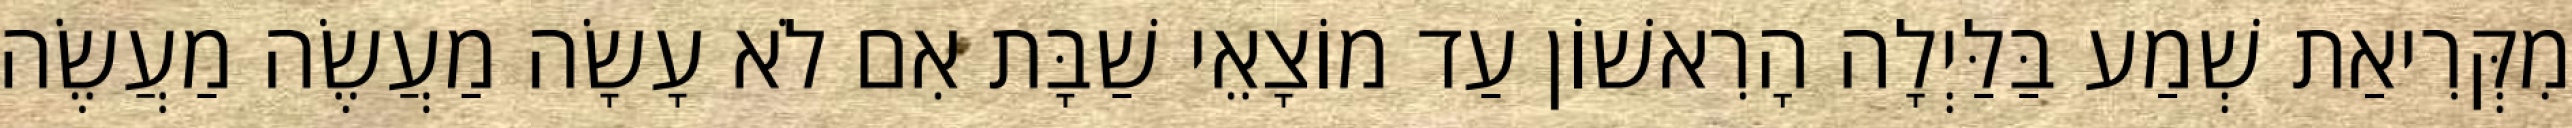
מִקְּרִיאַת שְׁמַע בַּלַּיְלָה הָרִאשׁוֹן עַד מוֹצָאֵי שַׁבָּת אִם לֹא עָשָׂה מַעֲשֶׂה מַעֲשֶׂה